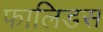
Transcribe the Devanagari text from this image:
फालिडस